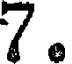
7.